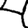
Digit: 4